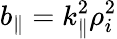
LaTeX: b_{\parallel}=k_{\parallel}^{2}\rho_{i}^{2}